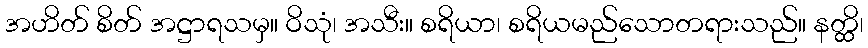
အဟိတ် စိတ် အဋ္ဌာရသမှ။ ဝိသုံ၊ အသီး။ စရိယာ၊ စရိယမည်သောတရားသည်။ နတ္ထိ၊